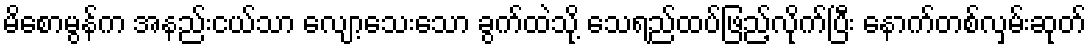
မိစောမွန်က အနည်းငယ်သာ လျော့သေးသော ခွက်ထဲသို့ သေရည်ထပ်ဖြည့်လိုက်ပြီး နောက်တစ်လှမ်းဆုတ်